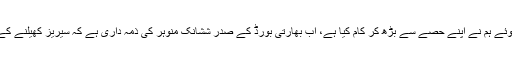
اِسی خواہش کو مدنظر رکھتے ہوئے ہم نے اپنے حصے سے بڑھ کر کام کیا ہے، اب بھارتی بورڈ کے صدر ششانک منوہر کی ذمہ داری ہے کہ سیریز کھیلنے کے لیے پاکستان سے رابطہ کریں۔